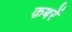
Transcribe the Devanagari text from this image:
क़बरें